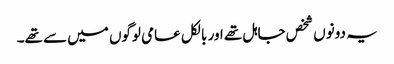
یہ دونوں شخص جاہل تھے اور بالکل عامی لوگوں میں سے تھے۔